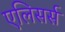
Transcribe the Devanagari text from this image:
एलिसर्स